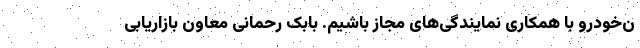
ن‌خودرو با همکاری نمایندگی‌های مجاز باشیم. بابک رحمانی معاون بازاریابی